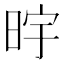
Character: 𮲠